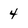
Character: 4